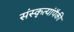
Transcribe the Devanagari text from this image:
संस्कृत्यांपैकी